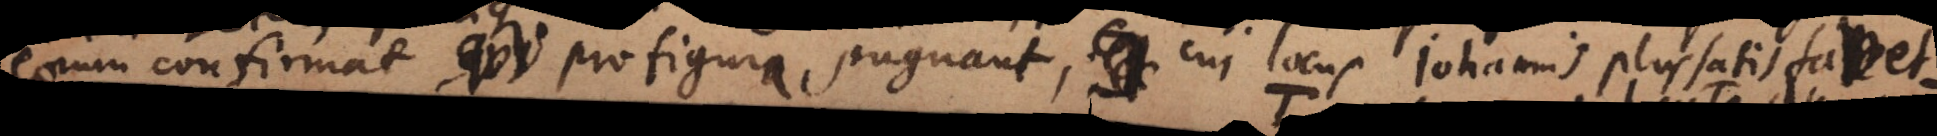
eorum confirmat, qui pro figura pugnant, cui locus Johannis plus satis favet.:)